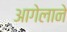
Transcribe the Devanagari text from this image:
आगेलाने